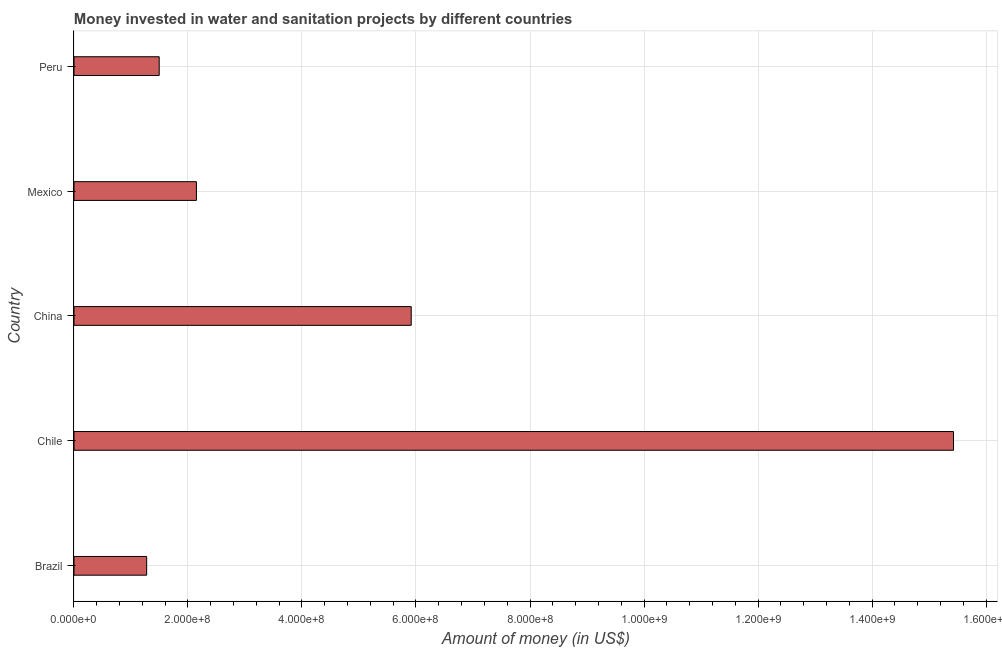
| Country | Investment |
 | --- | --- |
 | Brazil | 1.28e+08 |
 | Chile | 1.54e+09 |
 | China | 5.92e+08 |
 | Mexico | 2.15e+08 |
 | Peru | 1.5e+08 |